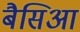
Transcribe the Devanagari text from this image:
बैसिआ